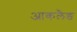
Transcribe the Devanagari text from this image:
आकलैङ